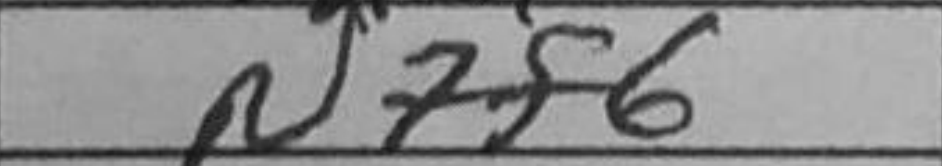
Transcription: N7f6